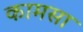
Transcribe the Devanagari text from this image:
कामसा